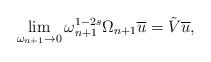
LaTeX: \begin{align*}\lim_{\omega_{n+1}\rightarrow0}\omega_{n+1}^{1-2s}\Omega_{n+1}\overline{u}=\tilde{V}\overline{u},\end{align*}